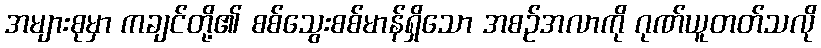
အများစုမှာ ကချင်တို့၏ စစ်သွေးစစ်မာန်ရှိသော အစဉ်အလာကို ဂုဏ်ယူတတ်သလို